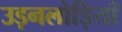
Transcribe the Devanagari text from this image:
उड़नलोड़ियाँ